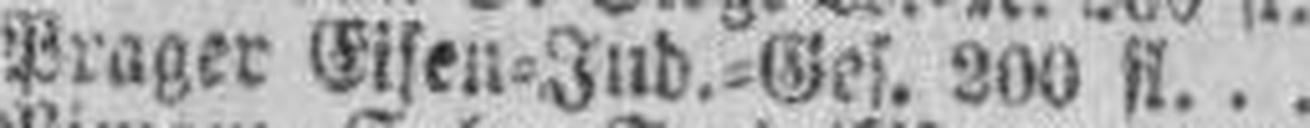
Prager Eisen=Ind.=Ges. 200 fl.